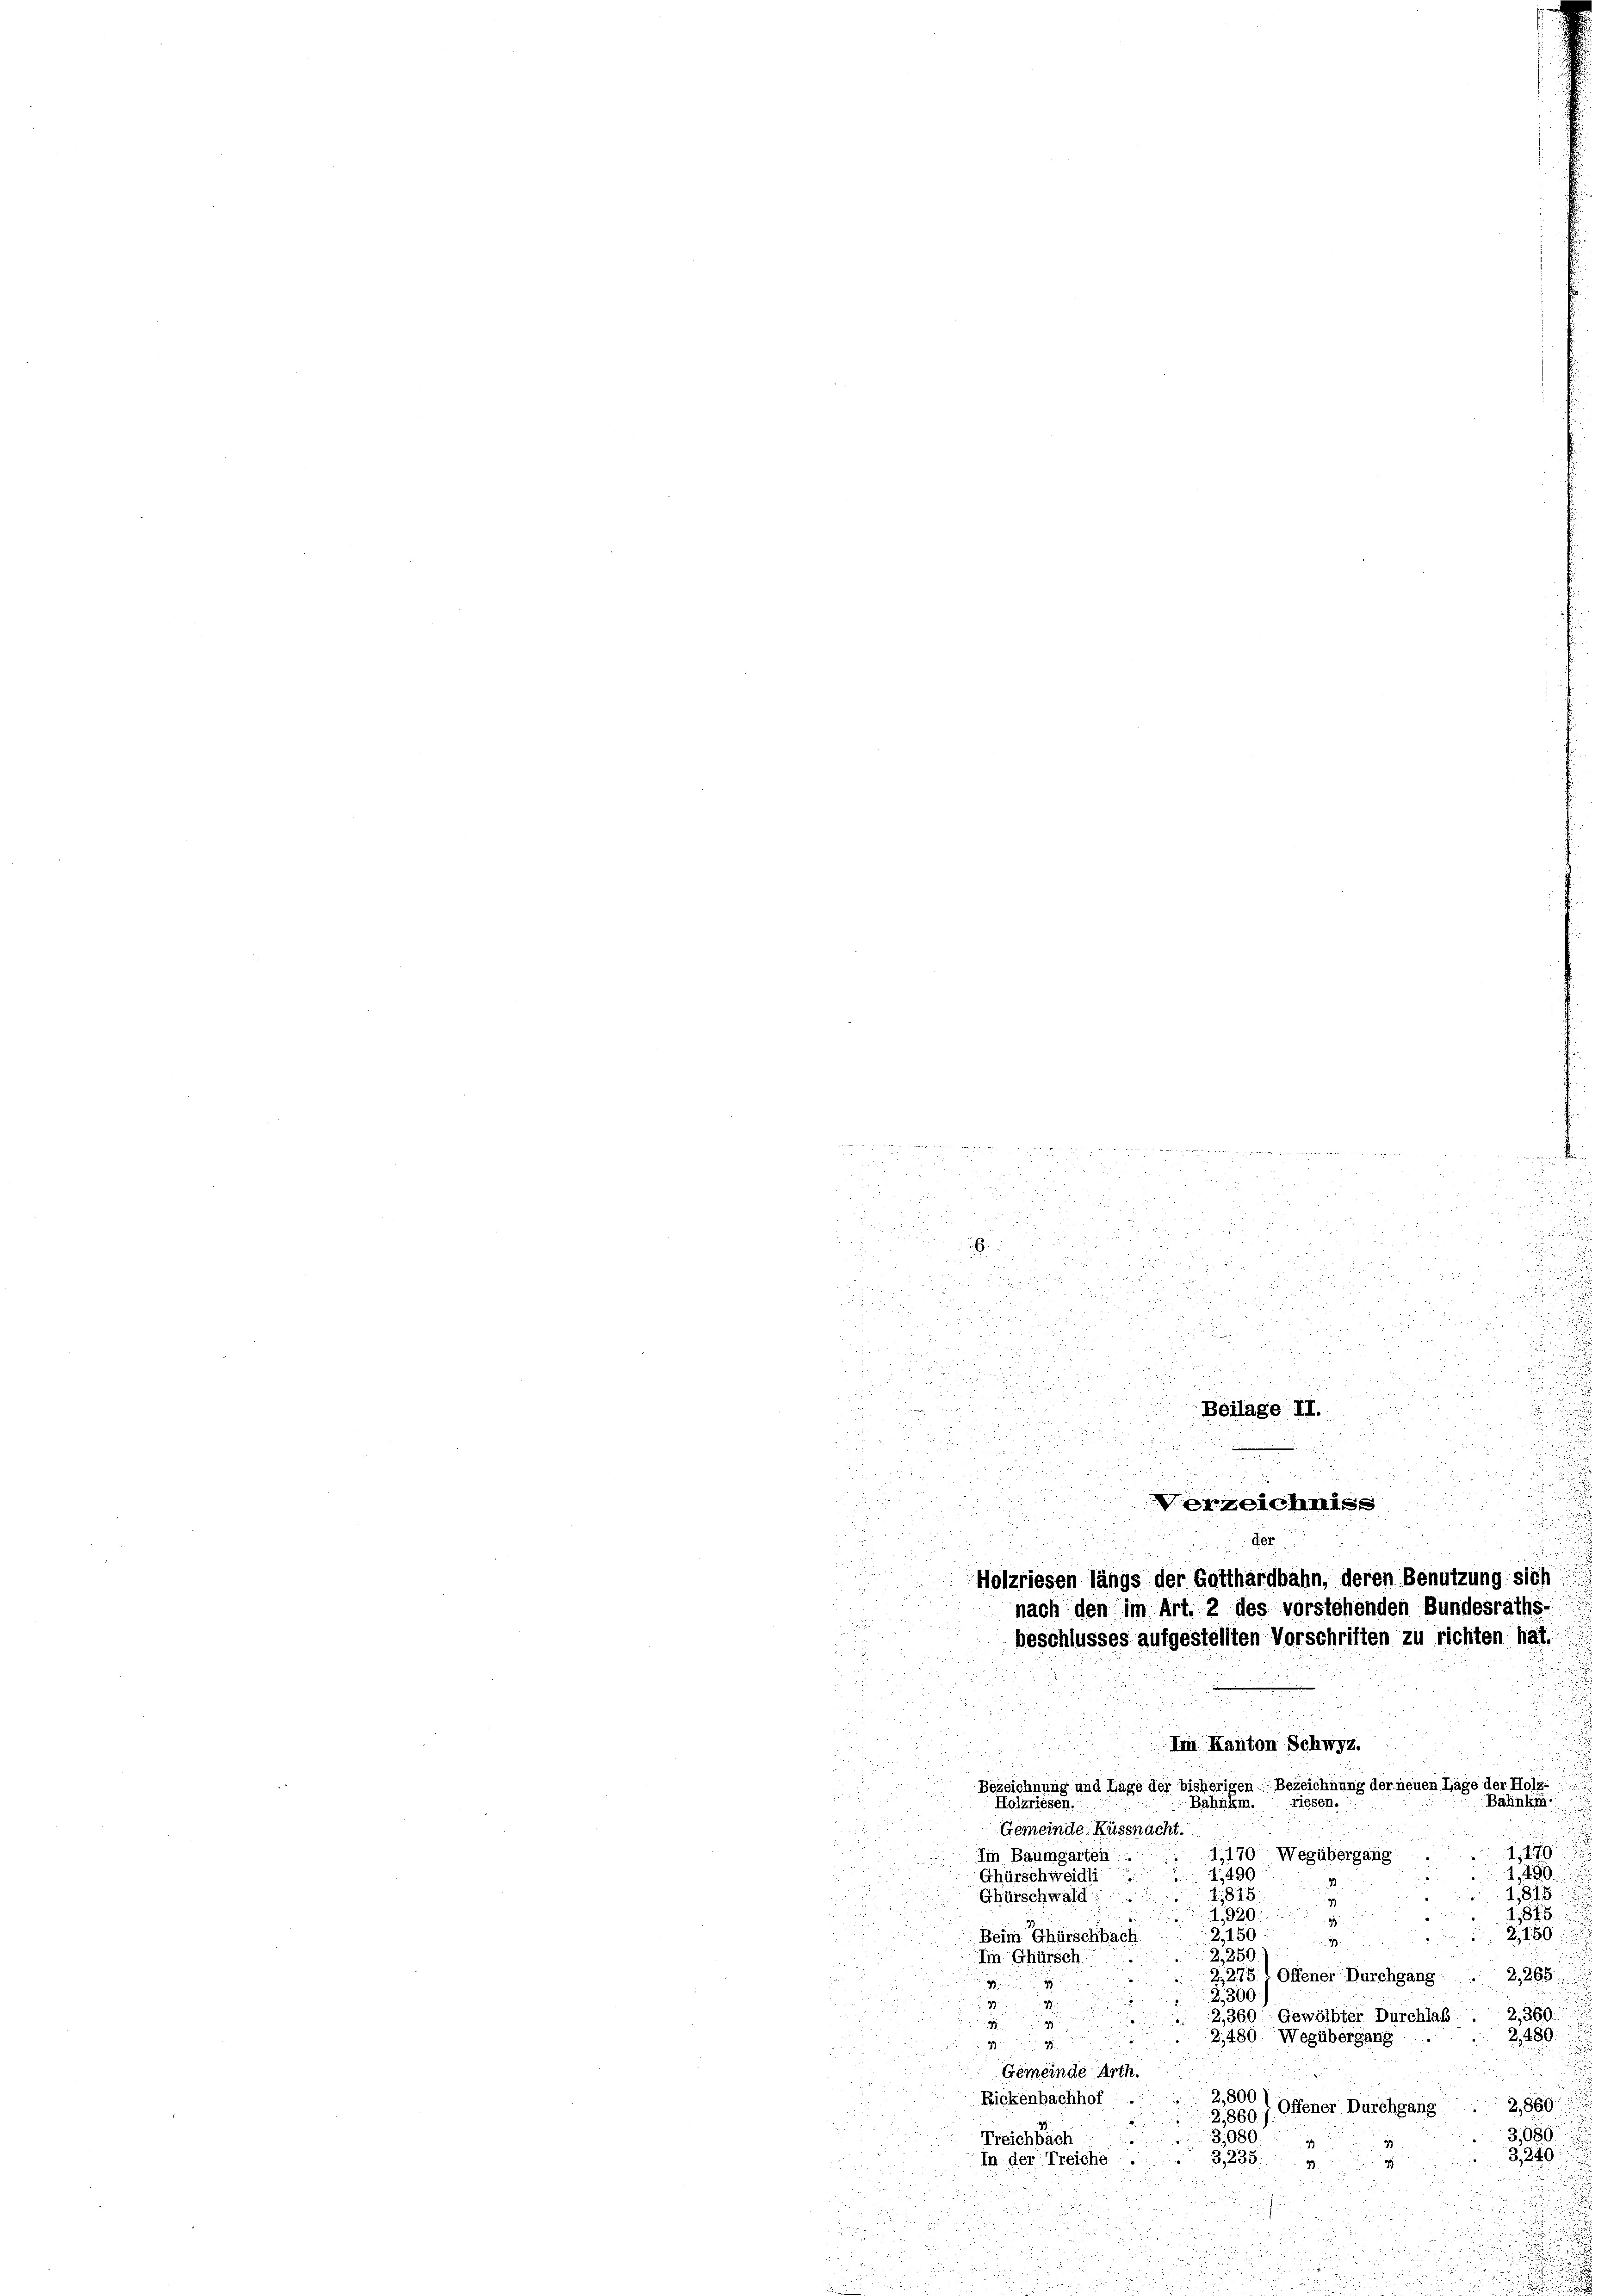
d
2
2

u

d

i

¬
Beilage II.
i

0

x
d
u
Verzeichniss
der
Holzriesen längs der Gotthardbahn, deren Benutzung sich
nach den im Art. 2 des vorstehenden Bundesraths-
beschlusses aufgestellten Vorschriften zu richten hat.

d. Her

.
5 f 0 x 2

2
Im Kanton Schwyz.

2
Bezeichnung und Lage der bisherigen Bezeichnung der neuen Lage der Holz-
Bahnkra
riesen.
Holzriesen.
Bahnkm.
Gemeinde Küssnacht.
5

1,170
Iin Baumgarten:
1170. Wegübergang
1,490.
1,490
Ghürschweidli
1,815
1,815
Ghürschwald
3
815
1,920.
95
Z. 150
Beim Ghürschbach
2,150
Im Ghürsch
2,250
2,275 ( Offener Durchgang . 2,265.

2,300.
:

2,360.
2,360 Gewölbter Durchlas

2480
2,480. Wegübergang
39
u
Gemeinde Arth.
2,800
Rickenbachhof
r
2,860
2,860. f. Offener Durchgang
i
3,080.
3,080
Treichbach
93.
3249
In der Treiche
3,235
2